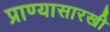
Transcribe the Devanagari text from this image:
प्राण्यासारखी